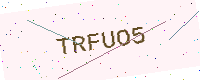
Text: TRFUO5